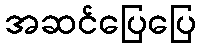
အဆင်ပြေပြေ